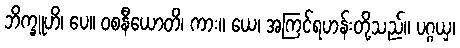
ဘိက္ခူဟိ၊ ပေ။ ဝစနီယောတိ၊ ကား။ ယေ၊ အကြင်ရဟန်းတို့သည်။ ပဂ္ဂယှ၊